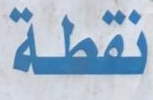
نقطة